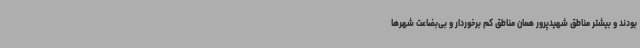
بودند و بیشتر مناطق شهیدپرور همان مناطق کم برخوردار و بی‌بضاعت شهرها